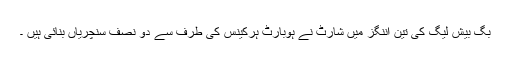
بگ بیش لیگ کی تین اننگز میں شارٹ نے ہوبارٹ ہركینس کی طرف سے دو نصف سنچریاں بنائی ہیں ۔